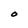
Character: O